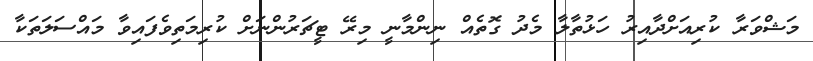
މަޝްވަރާ ކުރިއަށްދާއިރު ހަޅުތާލާ މެދު ގޮތެއް ނިންމާނީ މިރޭ ޓީޗަރުންނަށް ކުރިމަތިވެފައިވާ މައްސަލަތަކާ